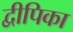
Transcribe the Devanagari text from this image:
द्वीपिका